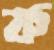
ফ